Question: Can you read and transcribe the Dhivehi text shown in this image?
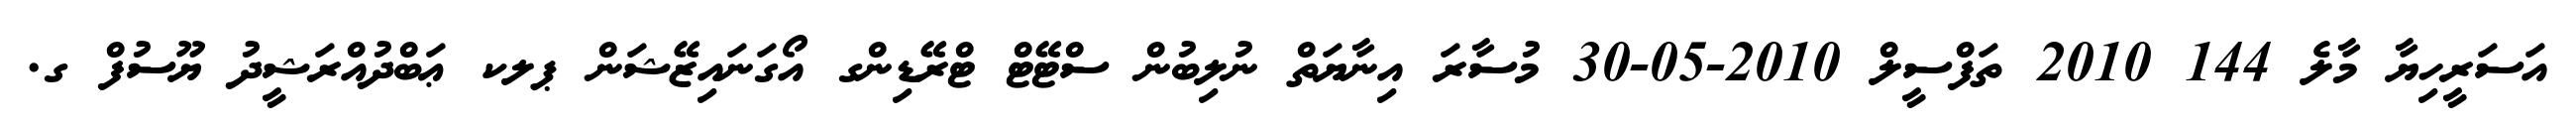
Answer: އަސަރީހިޔާ މާލެ 144 2010 ތަފްސީލް 2010-05-30 މުސާރަ އިނާޔަތް ނުލިބުން ސްޓޭޓް ޓްރޭޑިންގ އޯގަނައިޒޭޝަން ޕލކ ޢަބްދުއްރަޝީދު ޔޫސުފް ގ.